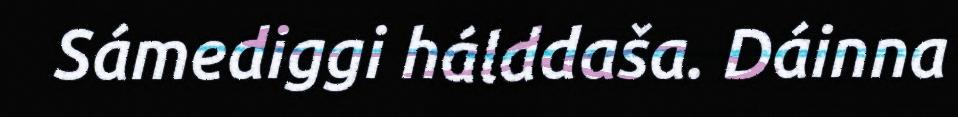
Sámediggi hálddaša. Dáinna